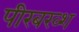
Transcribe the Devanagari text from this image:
पीरबख्श